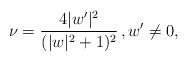
LaTeX: \begin{align*}\nu =\frac{4|w^\prime|^2}{(|w|^2+1)^2}\,,w^\prime \neq 0,\end{align*}